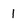
Character: 1